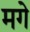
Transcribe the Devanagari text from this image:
मगे